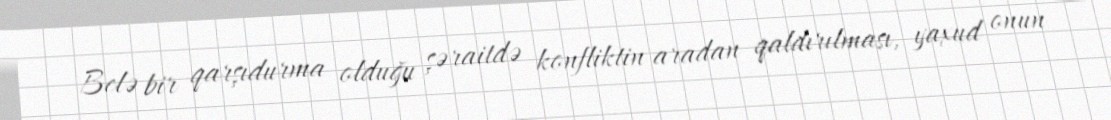
Belə bir qarşıdurma olduğu şəraitdə konfliktin aradan qaldırılması, yaxud onun